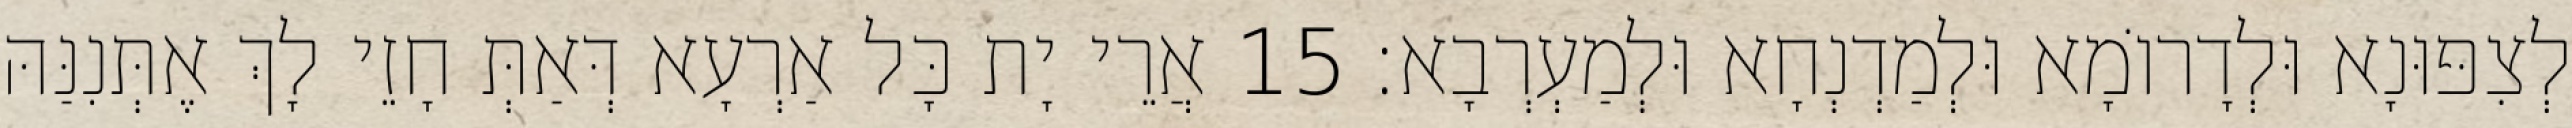
לְצִפּוּנָא וּלְדָרוֹמָא וּלְמַדְנְחָא וּלְמַעְרְבָא׃ 15 אֲרֵי יָת כָּל אַרְעָא דְּאַתְּ חָזֵי לָךְ אֶתְּנִנַּהּ